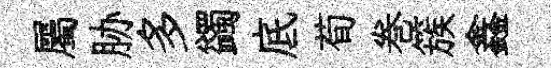
屬胁多蠲底荀巻簇鑫